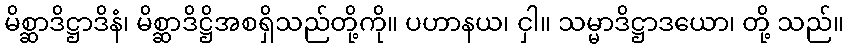
မိစ္ဆာဒိဋ္ဌာဒိနံ၊ မိစ္ဆာဒိဋ္ဌိအစရှိသည်တို့ကို။ ပဟာနယ၊ ငှါ။ သမ္မာဒိဋ္ဌာဒယော၊ တို့ သည်။